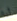
أنا